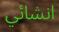
انشائي